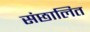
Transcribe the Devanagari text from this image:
संछालित